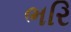
ભરિ